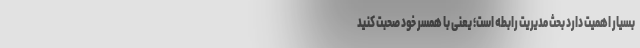
بسیار اهمیت دارد بحث مدیریت رابطه است؛ یعنی با همسر خود صحبت کنید